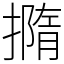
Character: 撱